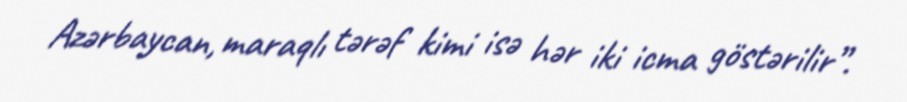
Azərbaycan, maraqlı tərəf kimi isə hər iki icma göstərilir”.